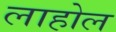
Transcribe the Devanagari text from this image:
लाहोल